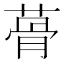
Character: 蓇